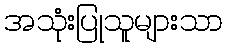
အသုံးပြုသူများသာ